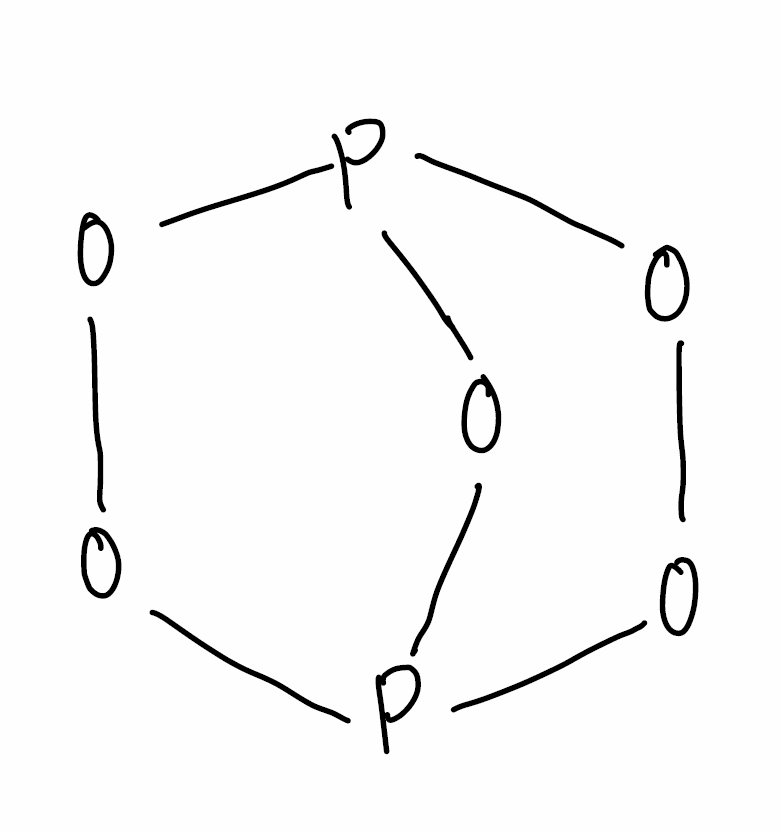
Simplified molecular-input line-entry system (SMILES) notation of the given molecule:
O1OP2OOP1O2